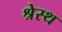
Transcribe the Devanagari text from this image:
श्रेस्थ